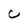
Character: C